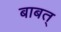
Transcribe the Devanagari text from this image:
बाबत्